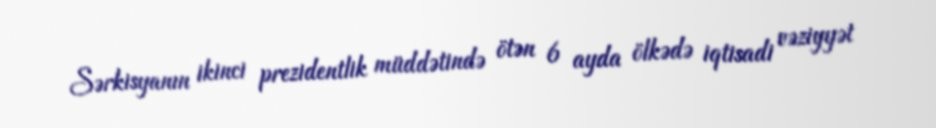
Sərkisyanın ikinci prezidentlik müddətində ötən 6 ayda ölkədə iqtisadi vəziyyət